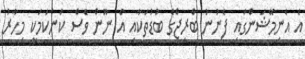
އެ އެނިމޭޝަންގައި ފެނުނު ބްރިޖްގެ ބުޑުތަކާއި އެ ނޫން ވެސް ކަންކަމަކީ މިހާރު